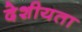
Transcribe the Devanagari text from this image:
देशीयता